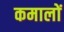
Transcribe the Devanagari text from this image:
कमालों